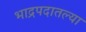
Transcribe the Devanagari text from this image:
भाद्रपदातल्या